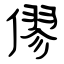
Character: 僇